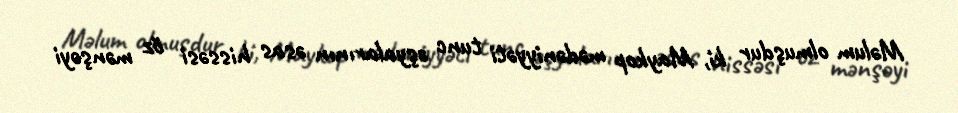
Məlum olmuşdur ki, Maykop mədəniyyəti tunc əşyalarının əsas hissəsi öz mənşəyi